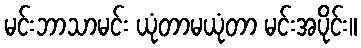
မင်းဘာသာမင်း ယုံတာမယုံတာ မင်းအပိုင်း။